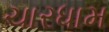
ચારધામ